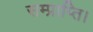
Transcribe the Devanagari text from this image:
सम्प्राप्ति।